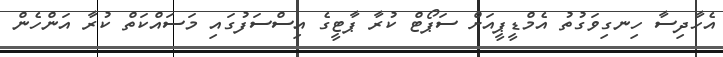
އެހާދިސާ ހިނގިވަގުތު އެމްޑީޕީއަށް ސަޕޯޓް ކުރާ ޕާޓީގެ އިސްސަފުގައި މަސައްކަތް ކުރާ އަންހެން